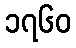
၁၇၆၀